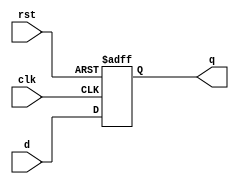
module dff_async_rst(clk, rst, d, q);
    input clk;
    input rst;
    input d;
    output reg q;

    always@(posedge clk or negedge rst) begin
        if(!rst) q <= 0;
        else q <= d;
    end
endmodule